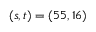
( s , t ) = ( 5 5 , 1 6 )